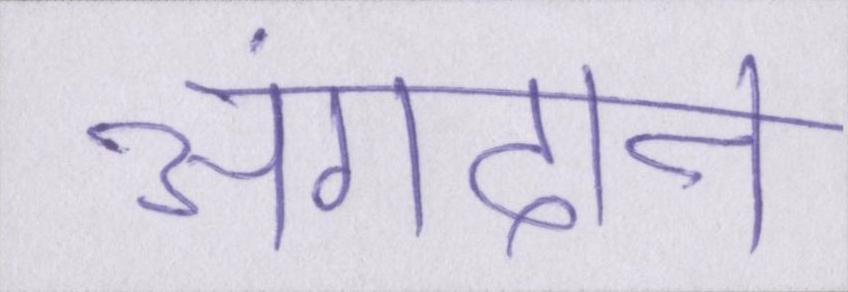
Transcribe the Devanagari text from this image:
अंगदान